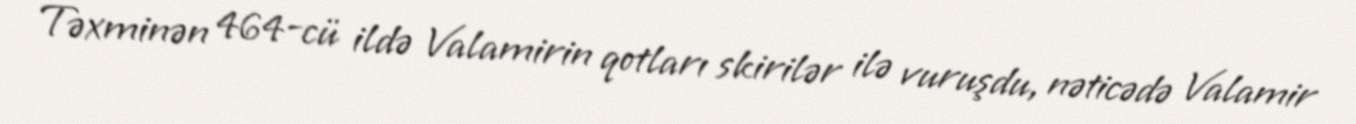
Təxminən 464-cü ildə Valamirin qotları skirilər ilə vuruşdu, nəticədə Valamir